Treatise on elephants
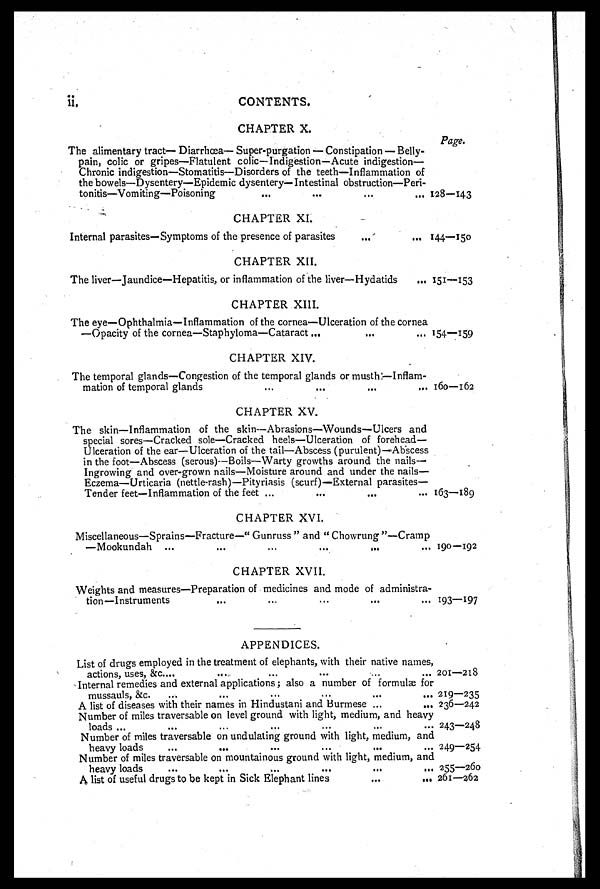
ii.
CONTENTS.
CHAPTER X.
Page.
The alimentary tract— Diarrhœa— Super-purgation — Constipation — Belly-
pain, colic or gripes—Flatulent colic—Indigestion—Acute indigestion—
Chronic indigestion—Stomatitis—Disorders of the teeth—Inflammation of
the bowels—Dysentery—Epidemic dysentery—Intestinal obstruction—Peri-
tonitis—Vomiting—Poisoning
...
...
...
...
128—143
CHAPTER XI.
Internal parasites—Symptoms of the presence of parasites
...
...
144—150
CHAPTER XII.
The liver—Jaundice—Hepatitis, or inflammation of the liver—Hydatids
... 151—153
CHAPTER XIII.
The eye—Ophthalmia—Inflammation of the cornea—Ulceration of the cornea
—Opacity of the cornea—Staphyloma—Cataract...
...
... 154—159
CHAPTER XIV.
The temporal glands—Congestion of the temporal glands or musth— Inflam-
mation of temporal glands
...
...
...
... 160—162
CHAPTER XV.
The skin—Inflammation of the skin—Abrasions—Wounds—Ulcers and
special sores—Cracked sole—Cracked heels—Ulceration of forehead—
Ulceration of the ear—Ulceration of the tail—Abscess (purulent)—Abscess
in the foot—Abscess (serous)—Boils—Warty growths around the nails-
Ingrowing and over-grown nails—Moisture around and under the nails—
Eczema—Urticaria (nettle-rash)—Pityriasis (scurf)—External parasites—
Tender feet—Inflammation of the feet ...
...
...
... 163—189
CHAPTER XVI.
Miscellaneous—Sprains—Fracture—" Gunruss " and " Chowrung "—Cramp
—Mookundah ...
...
...
...
...
... 190—192
CHAPTER XVII.
Weights and measures—Preparation of medicines and mode of administra-
tion—Instruments
...
...
...
...
... 193—197
APPENDICES.
List of drugs employed in the treatment of elephants, with their native names,
actions, uses, &c...
...
...
...
...
... 201—218
Internal remedies and external applications; also a number of formulæ for
mussauls, &c.
...
...
...
...
...
...219—235
A list of diseases with their names in Hindustani and Burmese ...
...
236—242
Number of miles traversable on level ground with light, medium, and heavy
loads...
...
...
...
...
...
...243—248
Number of miles traversable on undulating ground with light, medium, and
heavy loads
...
...
...
...
...
... 249—254
Number of miles traversable on mountainous ground with light, medium, and
heavy loads
...
...
...
...
...
... 255—260
A list of useful drugs to be kept in Sick Elephant lines
...
... 261—262